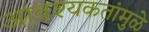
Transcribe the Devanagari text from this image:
आवश्यकतांमुळे